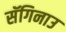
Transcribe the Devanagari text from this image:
सॅगिनाउ